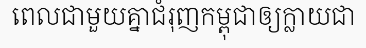
ពេលជាមួយគ្នាជំរុញកម្ពុជាឲ្យក្លាយជា